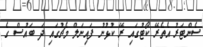
ސެންޓަރު އެތެރޭ ކޯޓުގައި ރޭ ކުޅުނު ފައިނަލް މެޗުގައި ދަ ބައުސް ގެ